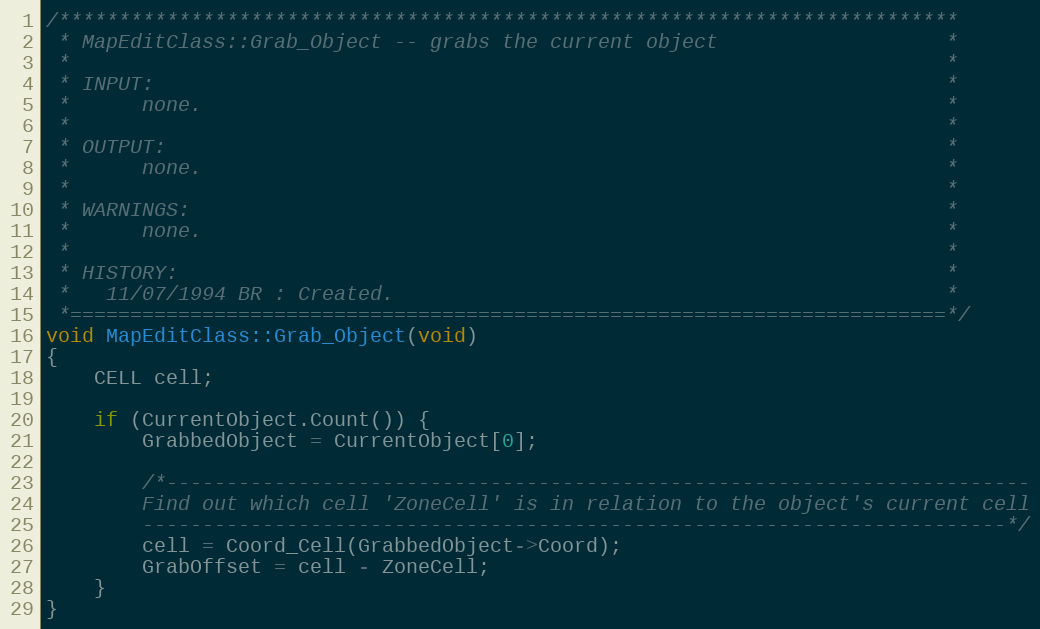
Language: C++
/***************************************************************************
 * MapEditClass::Grab_Object -- grabs the current object                   *
 *                                                                         *
 * INPUT:                                                                  *
 *      none.                                                              *
 *                                                                         *
 * OUTPUT:                                                                 *
 *      none.                                                              *
 *                                                                         *
 * WARNINGS:                                                               *
 *      none.                                                              *
 *                                                                         *
 * HISTORY:                                                                *
 *   11/07/1994 BR : Created.                                              *
 *=========================================================================*/
void MapEditClass::Grab_Object(void)
{
	CELL cell;

	if (CurrentObject.Count()) {
		GrabbedObject = CurrentObject[0];

		/*------------------------------------------------------------------------
		Find out which cell 'ZoneCell' is in relation to the object's current cell
		------------------------------------------------------------------------*/
		cell = Coord_Cell(GrabbedObject->Coord);
		GrabOffset = cell - ZoneCell;
	}
}